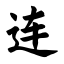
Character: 连